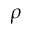
\rho